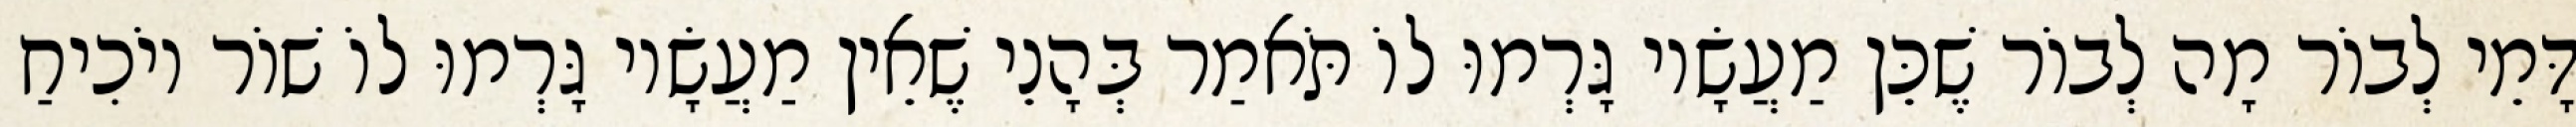
דָּמֵי לְבוֹר מָה לְבוֹר שֶׁכֵּן מַעֲשָׂיו גָּרְמוּ לוֹ תֹּאמַר בְּהָנֵי שֶׁאֵין מַעֲשָׂיו גָּרְמוּ לוֹ שׁוֹר יוֹכִיחַ